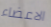
الاعضاء